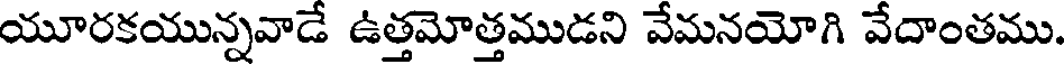
యూరకయున్నవాడే ఉత్తమోత్తముడని వేమనయోగి వేదాంతము.